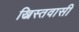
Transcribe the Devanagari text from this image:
ख्रिस्तवासी